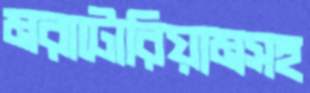
মরাটোরিয়ামসহ